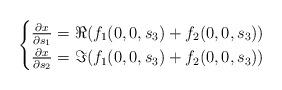
LaTeX: \begin{align*}\begin{cases}\frac{\partial x}{\partial s_1}=\Re(f_1(0,0,s_3)+f_2(0,0,s_3))\\\frac{\partial x}{\partial s_2}=\Im(f_1(0,0,s_3)+f_2(0,0,s_3))\\\end{cases}\end{align*}